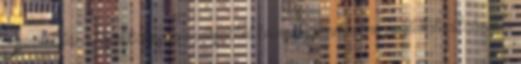
Ismételt lázadásaikkal és leveretéseikkel könnyű győzelmekre nyujtottak alkalmat a